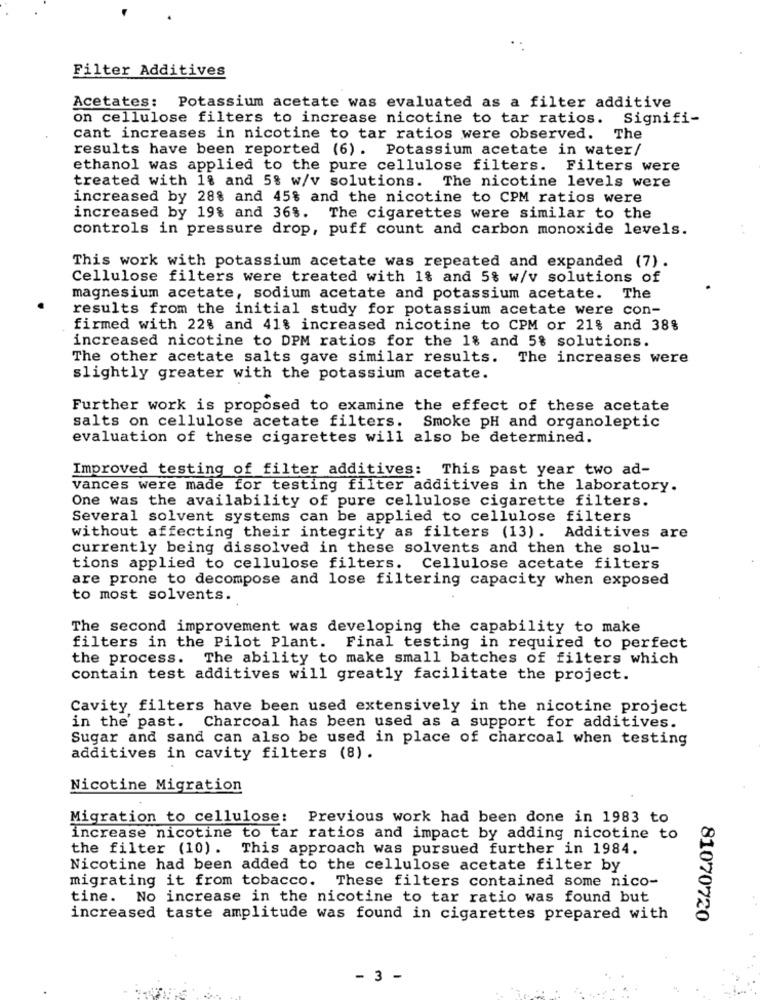
Filter Additives
Acetates:
Potassium acetate was evaluated as a filter additive
on cellulose filters to increase nicotine to tar ratios. Signifi-
cant increases in nicotine to tar ratios were observed.
The
results have been reported (6). Potassium acetate in water/
ethanol was applied to the pure cellulose filters. Filters were
treated with 18 and 5% w/v solutions. The nicotine levels were
increased by 28% and 45% and the nicotine to CPM ratios were
increased by 198 and 36%. The cigarettes were similar to the
controls in pressure drop, puff count and carbon monoxide levels.
This work with potassium acetate was repeated and expanded (7).
Cellulose filters were treated with 1% and 5% w/v solutions of
magnesium acetate, sodium acetate and potassium acetate. The
results from the initial study for potassium acetate were con-
firmed with 22% and 41% increased nicotine to CPM or 21% and 38%
increased nicotine to DPM ratios for the 18 and 5% solutions.
The other acetate salts gave similar results. The increases were
slightly greater with the potassium acetate.
Further work is proposed to examine the effect of these acetate
salts on cellulose acetate filters. Smoke pH and organoleptic
evaluation of these cigarettes will also be determined.
Improved testing of filter additives: This past year two ad-
vances were made for testing filter additives in the laboratory.
One was the availability of pure cellulose cigarette filters.
Several solvent systems can be applied to cellulose filters
without affecting their integrity as filters (13). Additives are
currently being dissolved in these solvents and then the solu-
tions applied to cellulose filters.
Cellulose acetate filters
are prone to decompose and lose filtering capacity when exposed
to most solvents.
The second improvement was developing the capability to make
filters in the Pilot Plant. Final testing in required to perfect
the process. The ability to make small batches of filters which
contain test additives will greatly facilitate the project.
Cavity filters have been used extensively in the nicotine project
in the past. Charcoal has been used as a support for additives.
Sugar and sand can also be used in place of charcoal when testing
additives in cavity filters (8).
Nicotine Migration
Migration to cellulose: Previous work had been done in 1983 to
increase nicotine to tar ratios and impact by adding nicotine to
the filter (10). This approach was pursued further in 1984.
Nicotine had been added to the cellulose acetate filter by
migrating it from tobacco. These filters contained some nico-
tine. No increase in the nicotine to tar ratio was found but
increased taste amplitude was found in cigarettes prepared with
81070720
- 3 -